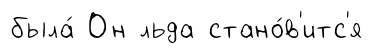
была́ Он льда стано́в'итс'я